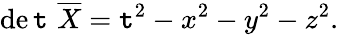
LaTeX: \operatorname*{de\mathtt{t}}\, {\overline{{{X}}}}=\mathtt{t}^{2}-x^{2}-y^{2}-z^{2}.